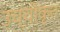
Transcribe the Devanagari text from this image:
उच्‍चीकृत